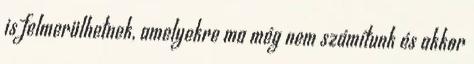
is felmerülhetnek, amelyekre ma még nem számítunk és akkor